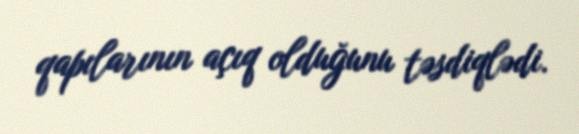
qapılarının açıq olduğunu təsdiqlədi.